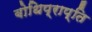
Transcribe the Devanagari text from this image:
बोधिप्राप्ति